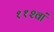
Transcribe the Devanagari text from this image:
११२वां